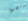
ميامي